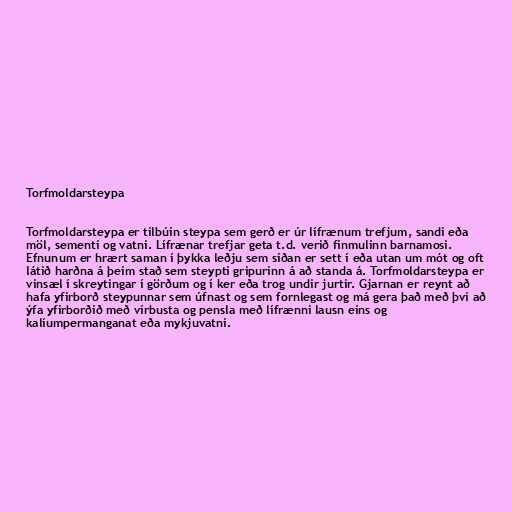
Torfmoldarsteypa

Torfmoldarsteypa er tilbúin steypa sem gerð er úr lífrænum trefjum, sandi eða
möl, sementi og vatni. Lífrænar trefjar geta t.d. verið fínmulinn barnamosi.
Efnunum er hrært saman í þykka leðju sem síðan er sett í eða utan um mót og oft
látið harðna á þeim stað sem steypti gripurinn á að standa á. Torfmoldarsteypa er
vinsæl í skreytingar í görðum og í ker eða trog undir jurtir. Gjarnan er reynt að
hafa yfirborð steypunnar sem úfnast og sem fornlegast og má gera það með því að
ýfa yfirborðið með vírbusta og pensla með lífrænni lausn eins og
kalíumpermanganat eða mykjuvatni.